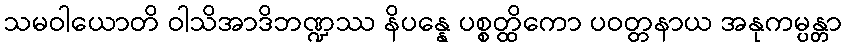
သမဝါယောတိ ဝါသိအာဒိဘဏ္ဍဿ နိပန္နေ ပစ္စတ္ထိကော ပဝတ္တနာယ အနုကမ္ပန္တာ